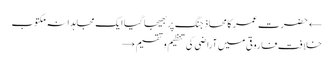
← حضرت عمر کا محاذ جنگ پر بھیجا گیا ایک مجاہدانہ مکتوب
خلافت فاروقی میں آراضی کی تنظیم و تقسیم →